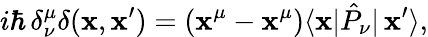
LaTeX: i\hbar\, \delta_{\nu}^{\mu}\delta(\mathbf{x},\mathbf{x}^{\prime})=(\mathbf{x}^{\mu}-\mathbf{x}^{\mu})\langle\mathbf{x}|\hat{{P}}_{\nu}|\, \mathbf{x}^{\prime}\rangle,